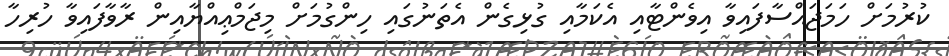
ކުރުމަށް ހަމަޖައްސާފައިވާ އިވެންޓާއި އެކަމާއި ގުޅިގެން އެތަނުގައި ހިންގުމަށް މިޖަމްޢިއްޔާއިން ރާވާފައިވާ ހުރިހާ